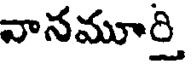
వానమూర్తి